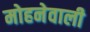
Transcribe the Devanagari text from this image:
मोहनेवाली